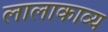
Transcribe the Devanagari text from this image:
लालाकाव्य